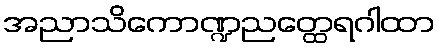
အညာသိကောဏ္ဍညတ္ထေရဂါထာ